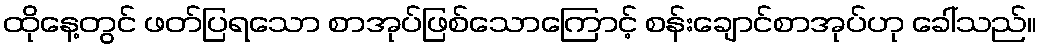
ထိုနေ့တွင် ဖတ်ပြရသော စာအုပ်ဖြစ်သောကြောင့် စန်းချောင်စာအုပ်ဟု ခေါ်သည်။